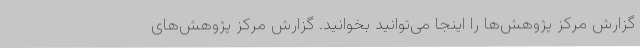
گزارش مرکز پژوهش‌ها را اینجا می‌توانید بخوانید. گزارش مرکز پژوهش‌های